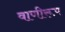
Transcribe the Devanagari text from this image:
वाणीरूप